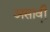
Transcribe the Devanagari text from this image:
असावी़